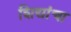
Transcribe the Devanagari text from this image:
शिद्यांचा